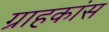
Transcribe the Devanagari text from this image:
ग्राहकांस